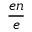
\frac { e n } { e }